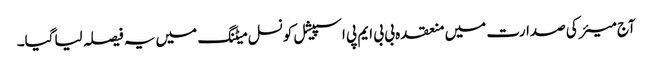
آج میئر کی صدارت میں منعقدہ بی بی ایم پی اسپیشل کونسل میٹنگ میں یہ فیصلہ لیاگیا۔